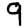
Digit: 9